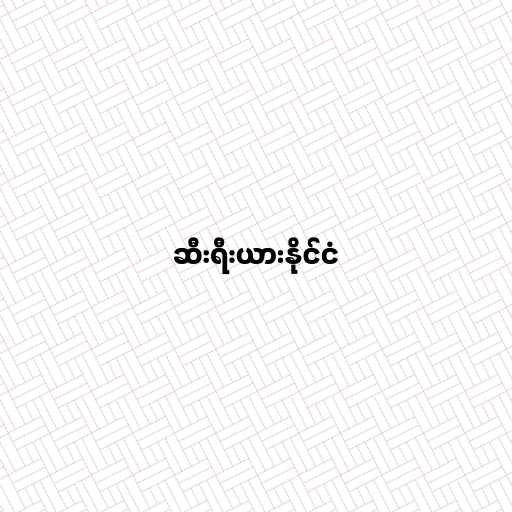
ဆီးရီးယားနိုင်ငံ